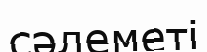
сәлеметі